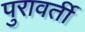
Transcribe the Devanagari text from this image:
पुरावर्ती